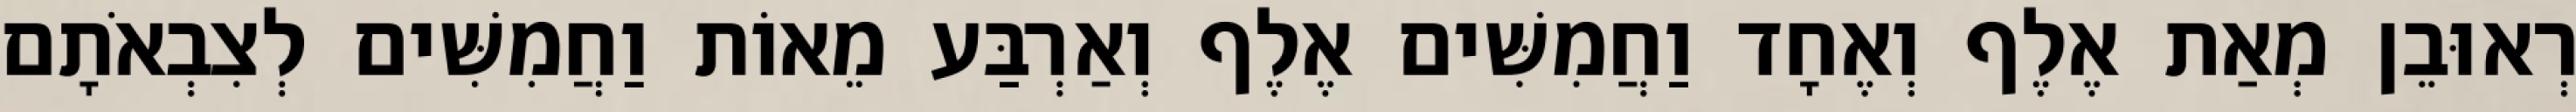
רְאוּבֵן מְאַת אֶלֶף וְאֶחָד וַחֲמִשִּׁים אֶלֶף וְאַרְבַּע מֵאוֹת וַחֲמִשִּׁים לְצִבְאֹתָם